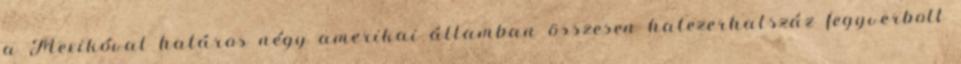
a Mexikóval határos négy amerikai államban összesen hatezerhatszáz fegyverbolt